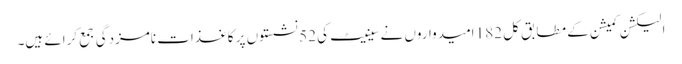
الیکشن کمیشن کے مطابق کل 182 امیدواروں نے سینیٹ کی 52 نشستوں پر کاغذات نامزدگی جمع کرائے ہیں۔